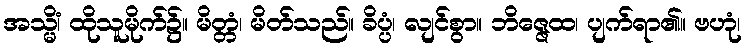
အသ္မိံ၊ ထိုသူမိုက်၌။ မိတ္တံ၊ မိတ်သည်။ ခိပ္ပံ၊ လျင်စွာ။ ဘိဇ္ဇေထ၊ ပျက်ရာ၏။ ဗဟုံ၊